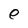
Character: e